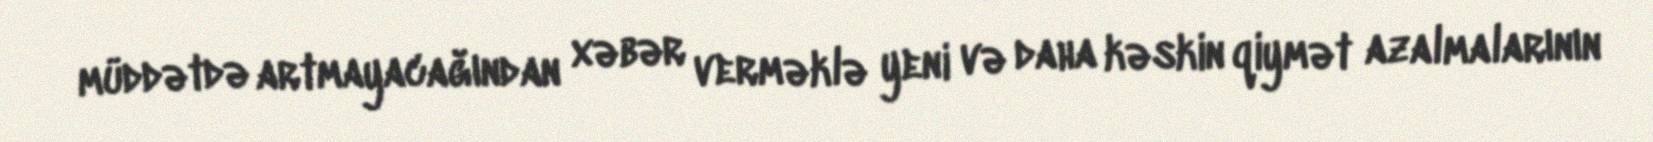
müddətdə artmayacağından xəbər verməklə yeni və daha kəskin qiymət azalmalarının